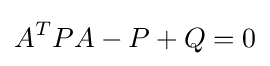
A^{T}PA-P+Q=0